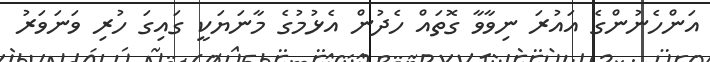
އަންހެނުންގެ އައުރަ ނިވާވާ ގޮތައް ހެދުން އެޅުމުގެ މާނަޔަކީ ގައިގަ ހުރި ވަނަވަރު